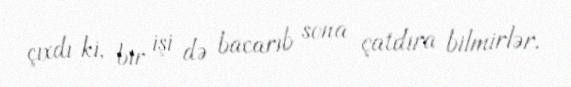
çıxdı ki, bir işi də bacarıb sona çatdıra bilmirlər.